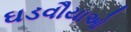
ઘડવૌયાઓ